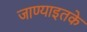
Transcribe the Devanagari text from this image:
जाण्याइतके